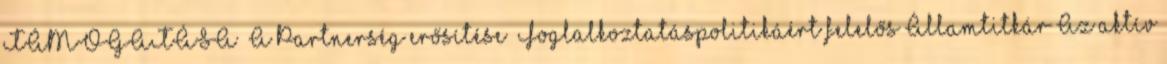
TÁMOGATÁSA „A Partnerség erősítése” Foglalkoztatáspolitikáért felelős Államtitkár Az aktív